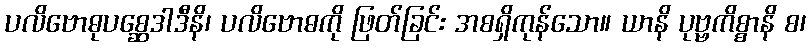
ပလိဗောဓုပစ္ဆေဒါဒီနိ၊ ပလိဗောဓကို ဖြတ်ခြင်း အစရှိကုန်သော။ ယာနိ ပုဗ္ဗကိစ္စာနိ စ၊